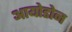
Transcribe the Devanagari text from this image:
आयोडोन